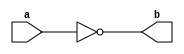
module NOT_dig(
    input a,
    output b
    );
    assign b=~a;
endmodule